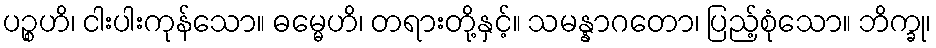
ပဉ္စဟိ၊ ငါးပါးကုန်သော။ ဓမ္မေဟိ၊ တရားတို့နှင့်။ သမန္နာဂတော၊ ပြည့်စုံသော။ ဘိက္ခု၊